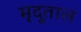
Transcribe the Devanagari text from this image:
मृदुताल